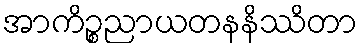
အာကိဉ္စညာယတနနိဿိတာ